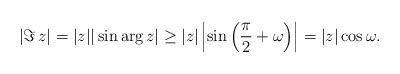
\begin{align*}|\Im\,z|=|z| |\sin \arg z|\geq|z|\left|\sin\left(\frac{\pi}{2}+\omega\right)\right|=|z|\cos\omega.\end{align*}